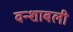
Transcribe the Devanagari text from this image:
वन्शाबली